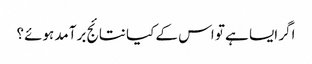
اگر ایسا ہے تو اس کے کیا نتائج برآمد ہوئے؟